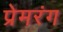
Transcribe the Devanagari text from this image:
प्रेमरंग